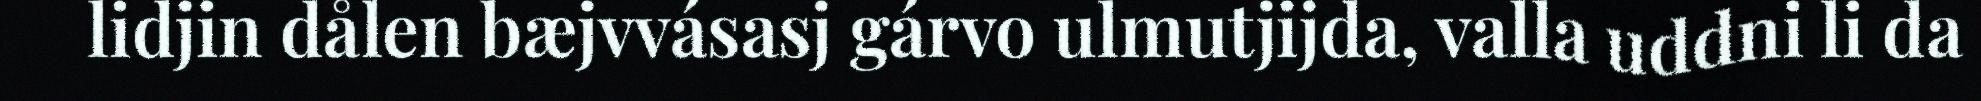
lidjin dålen bæjvvásasj gárvo ulmutjijda, valla uddni li da